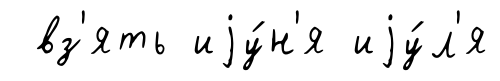
вз'ять иjу́н'я иjу́л'я